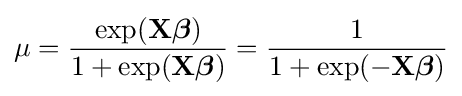
\mu ={\frac {\exp(\mathbf {X} {\boldsymbol {\beta }})}{1+\exp(\mathbf {X} {\boldsymbol {\beta }})}}={\frac {1}{1+\exp(-\mathbf {X} {\boldsymbol {\beta }})}}\,\!